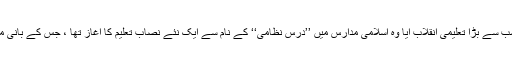
تاہم دینی مدارس میں جو سب سے بڑا تعلیمی انقلاب آیا وہ اسلامی مدارس میں ’’درس نظامی‘‘ کے نام سے ایک نئے نصابِ تعلیم کا آغاز تھا ، جس کے بانی ملاّ نظام الدین سہالوی تھے۔